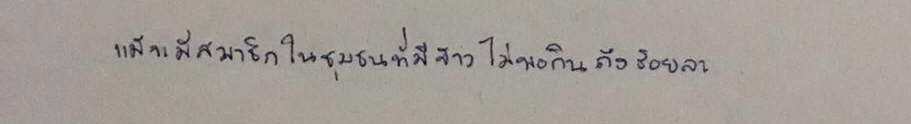
แม้จะมีสมาชิกในชุมชนที่มีข้าวไม่พอกินถึงร้อยละ